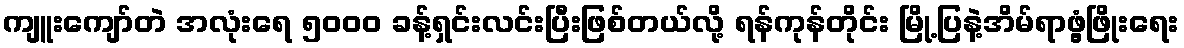
ကျူးကျော်တဲ အလုံးရေ ၅၀၀၀ ခန့်ရှင်းလင်းပြီးဖြစ်တယ်လို့ ရန်ကုန်တိုင်း မြို့ပြနဲ့အိမ်ရာဖွံ့ဖြိုးရေး